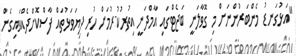
"އަޅުގަނޑު މެންބަރުންނަށް މި ގޮވާލަނީ ބަޖެޓްގައި އާމްދަނީ އިތުރުކުރުމަށް ހުރި ފިޔަވަޅުތައް ފާސްކޮށްދެއްވައިގެން